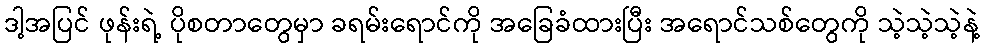
ဒါ့အပြင် ဖုန်းရဲ့ ပိုစတာတွေမှာ ခရမ်းရောင်ကို အခြေခံထားပြီး အရောင်သစ်တွေကို သဲ့သဲ့သဲ့နဲ့